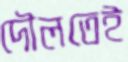
দৌলতেই